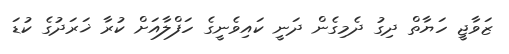
ޒަވާޖީ ހަޔާތް ދިގު ދެމިގެން ދަނީ ކައިވެނީގެ ހަފްލާއަށް ކުރާ ޚަރަދުގެ ކުޑަ